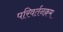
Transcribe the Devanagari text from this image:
परिवर्तनक्रम